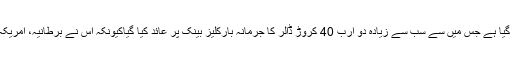
مجموعی طور پر لگ بھگ چھ ارب ڈالر کا جرمانہ عائد کیا گیا ہے جس میں سے سب سے زیادہ دو ارب 40 کروڑ ڈالر کا جرمانہ بارکلیز بینک پر عائد کیا گیاکیونکہ اس نے برطانیہ، امریکہ اور سوئٹزرلینڈ کے حکام کی تفتیش میں تعاون نہیں کیا تھا۔